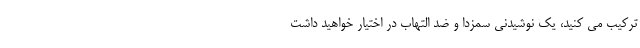
ترکیب می کنید، یک نوشیدنی سمزدا و ضد التهاب در اختیار خواهید داشت